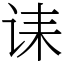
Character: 诔